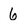
Character: 6